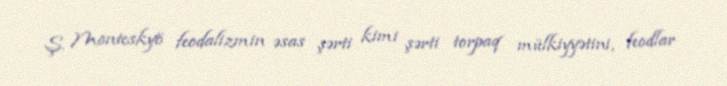
Ş. Monteskyö feodalizmin əsas şərti kimi şərti torpaq mülkiyyətini, feodlar